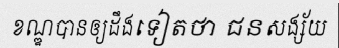
ខណ្ឌបានឲ្យដឹងទៀតថា ជនសង្ស័យ